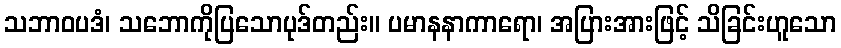
သဘာဝပဒံ၊ သဘောကိုပြသောပုဒ်တည်း။ ပမာနနာကာရော၊ အပြားအားဖြင့် သိခြင်းဟူသော